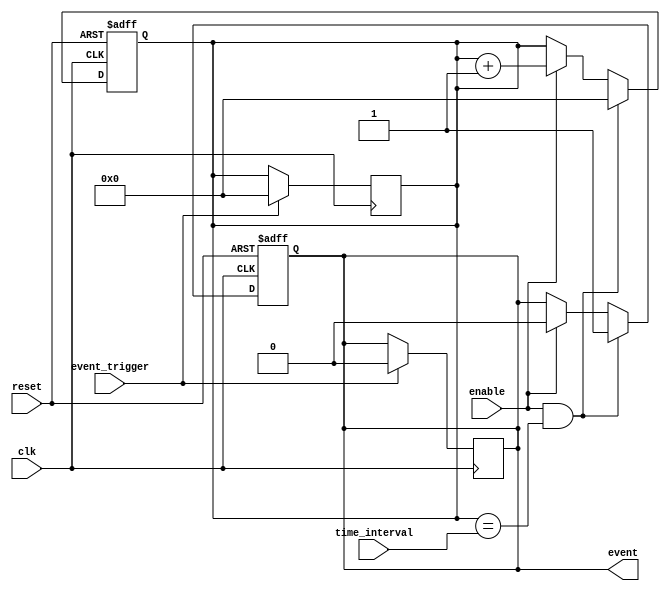
module EventTimer (
    input wire clk,
    input wire reset,
    input wire enable,
    input wire event_trigger,
    input wire [7:0] time_interval,
    output reg event
);

reg [7:0] counter;

always @(posedge clk or posedge reset) begin
    if (reset) begin
        counter <= 0;
        event <= 0;
    end else if (enable && counter == time_interval) begin
        counter <= 0;
        event <= 1;
    end else if (enable) begin
        counter <= counter + 1;
        event <= 0;
    end
end

always @(posedge clk) begin
    if (event_trigger) begin
        counter <= 0;
        event <= 0;
    end
end

endmodule